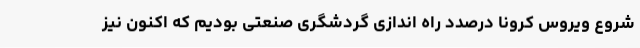
شروع ویروس کرونا درصدد راه اندازی گردشگری صنعتی بودیم که اکنون نیز